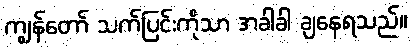
ကျွန်တော် သက်ပြင်းကိုသာ အခါခါ ချနေရသည်။